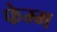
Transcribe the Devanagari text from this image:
फेम्म